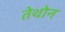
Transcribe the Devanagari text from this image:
तेथोन